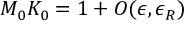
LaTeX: M _ { 0 } K _ { 0 } = 1 + { \cal O } ( \epsilon , \epsilon _ { R } )